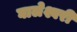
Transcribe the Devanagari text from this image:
घालेश्वरी